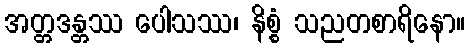
အတ္တဒန္တဿ ပေါသဿ၊ နိစ္စံ သညတစာရိနော။